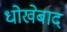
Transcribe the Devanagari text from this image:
धोखेबाद